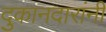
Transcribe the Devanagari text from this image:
दुकानदारांनी